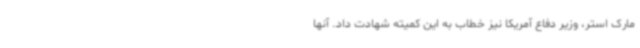
مارک استر، وزیر دفاع آمریکا نیز خطاب به این کمیته شهادت داد. آنها